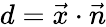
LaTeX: d={\vec{x}}\cdot{\vec{n}}